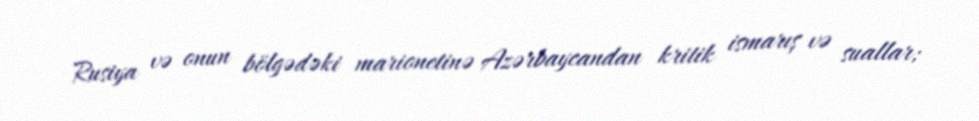
Rusiya və onun bölgədəki marionetinə Azərbaycandan kritik ismarış və suallar;